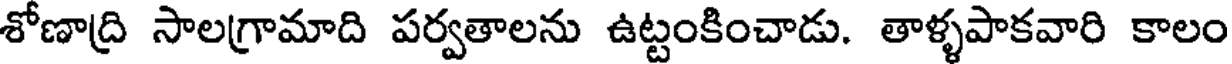
శోణాద్రి సాలగ్రామాది పర్వతాలను ఉట్టంకించాడు. తాళ్ళపాకవారి కాలం